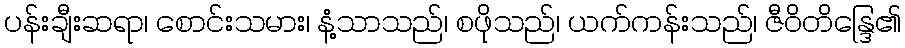
ပန်းချီးဆရာ၊ စောင်းသမား၊ နံ့သာသည်၊ စဖိုသည်၊ ယက်ကန်းသည်၊ ဇီဝိတိန္ဒြေ၏